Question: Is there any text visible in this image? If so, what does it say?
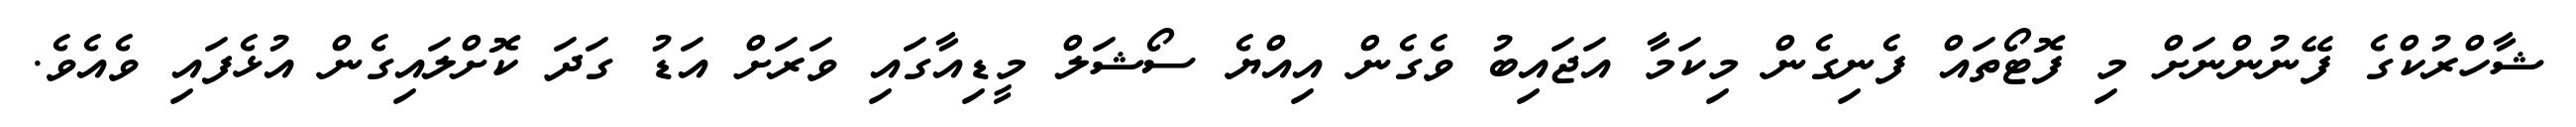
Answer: ޝާހްރުކްގެ ފޭނުންނަށް މި ފޮޓޯތައް ފެނިގެން މިކަމާ އަޖައިބު ވެގެން އިއްޔެ ސޯޝަލް މީޑިއާގައި ވަރަށް އަޑު ގަދަ ކޮށްލައިގެން އުޅެފައި ވެއެވެ.